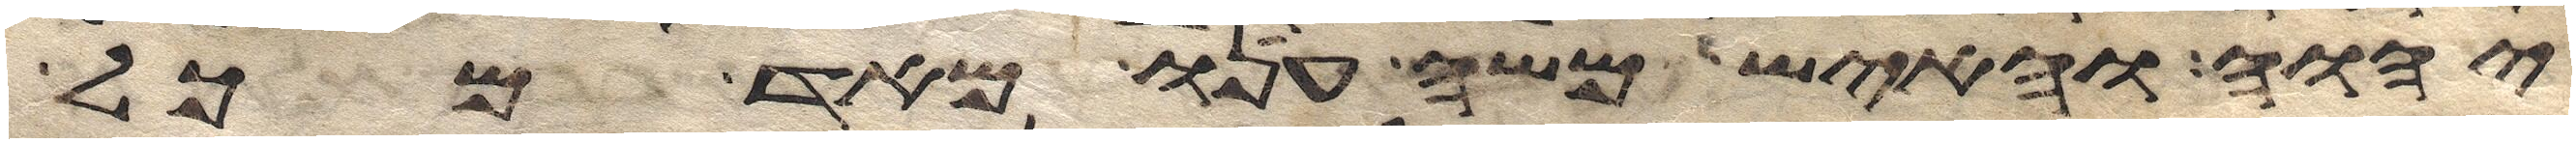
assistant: יהוה והאיש משה ענו מאד מכל